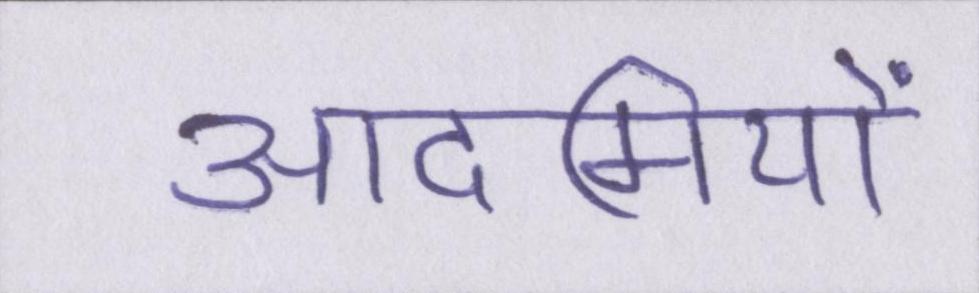
आदमियों